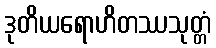
ဒုတိယရောဟိတဿသုတ္တံ